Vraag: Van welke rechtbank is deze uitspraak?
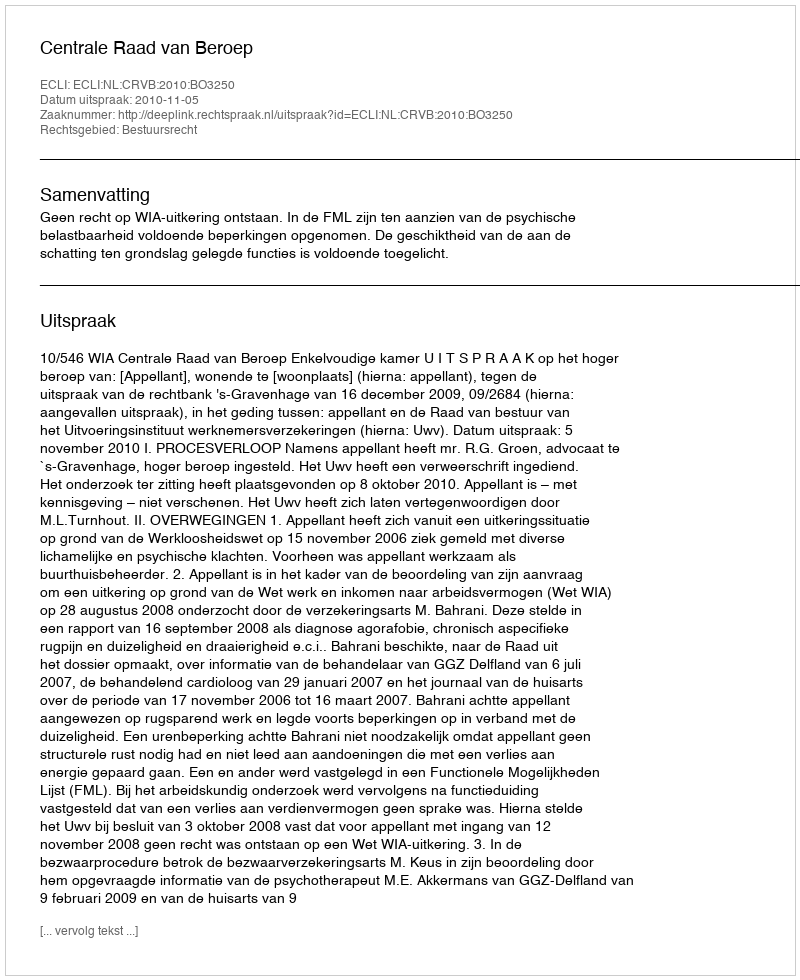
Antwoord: Centrale Raad van Beroep